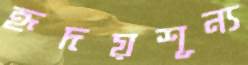
হৃদয়শূন্য